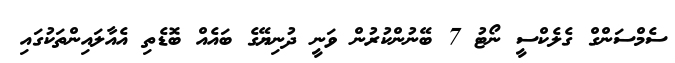
ސެމްސަންގް ގެލެކްސީ ނޯޓު 7 ބޭނުންކުރުން ވަނީ ދުނިޔޭގެ ބައެއް ބޮޑެތި އެއާލައިންތަކުގައި